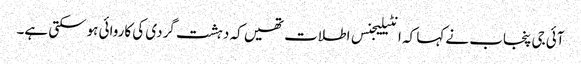
آئی جی پنجاب نے کہا کہ انٹیلیجنس اطلات تھیں کہ دہشت گردی کی کاروائی ہوسکتی ہے۔